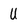
Character: U